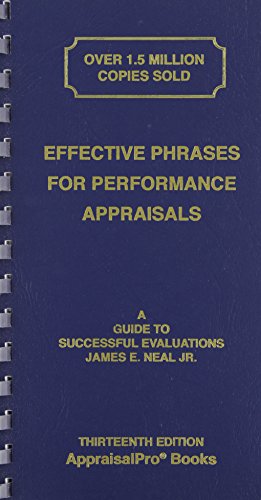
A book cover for Effective Phrases for Performance Appraisals: A Guide to Successful Evaluations (Neal, Effective Phrases for Peformance Appraisals); James E., Jr. Neal; Business & Money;